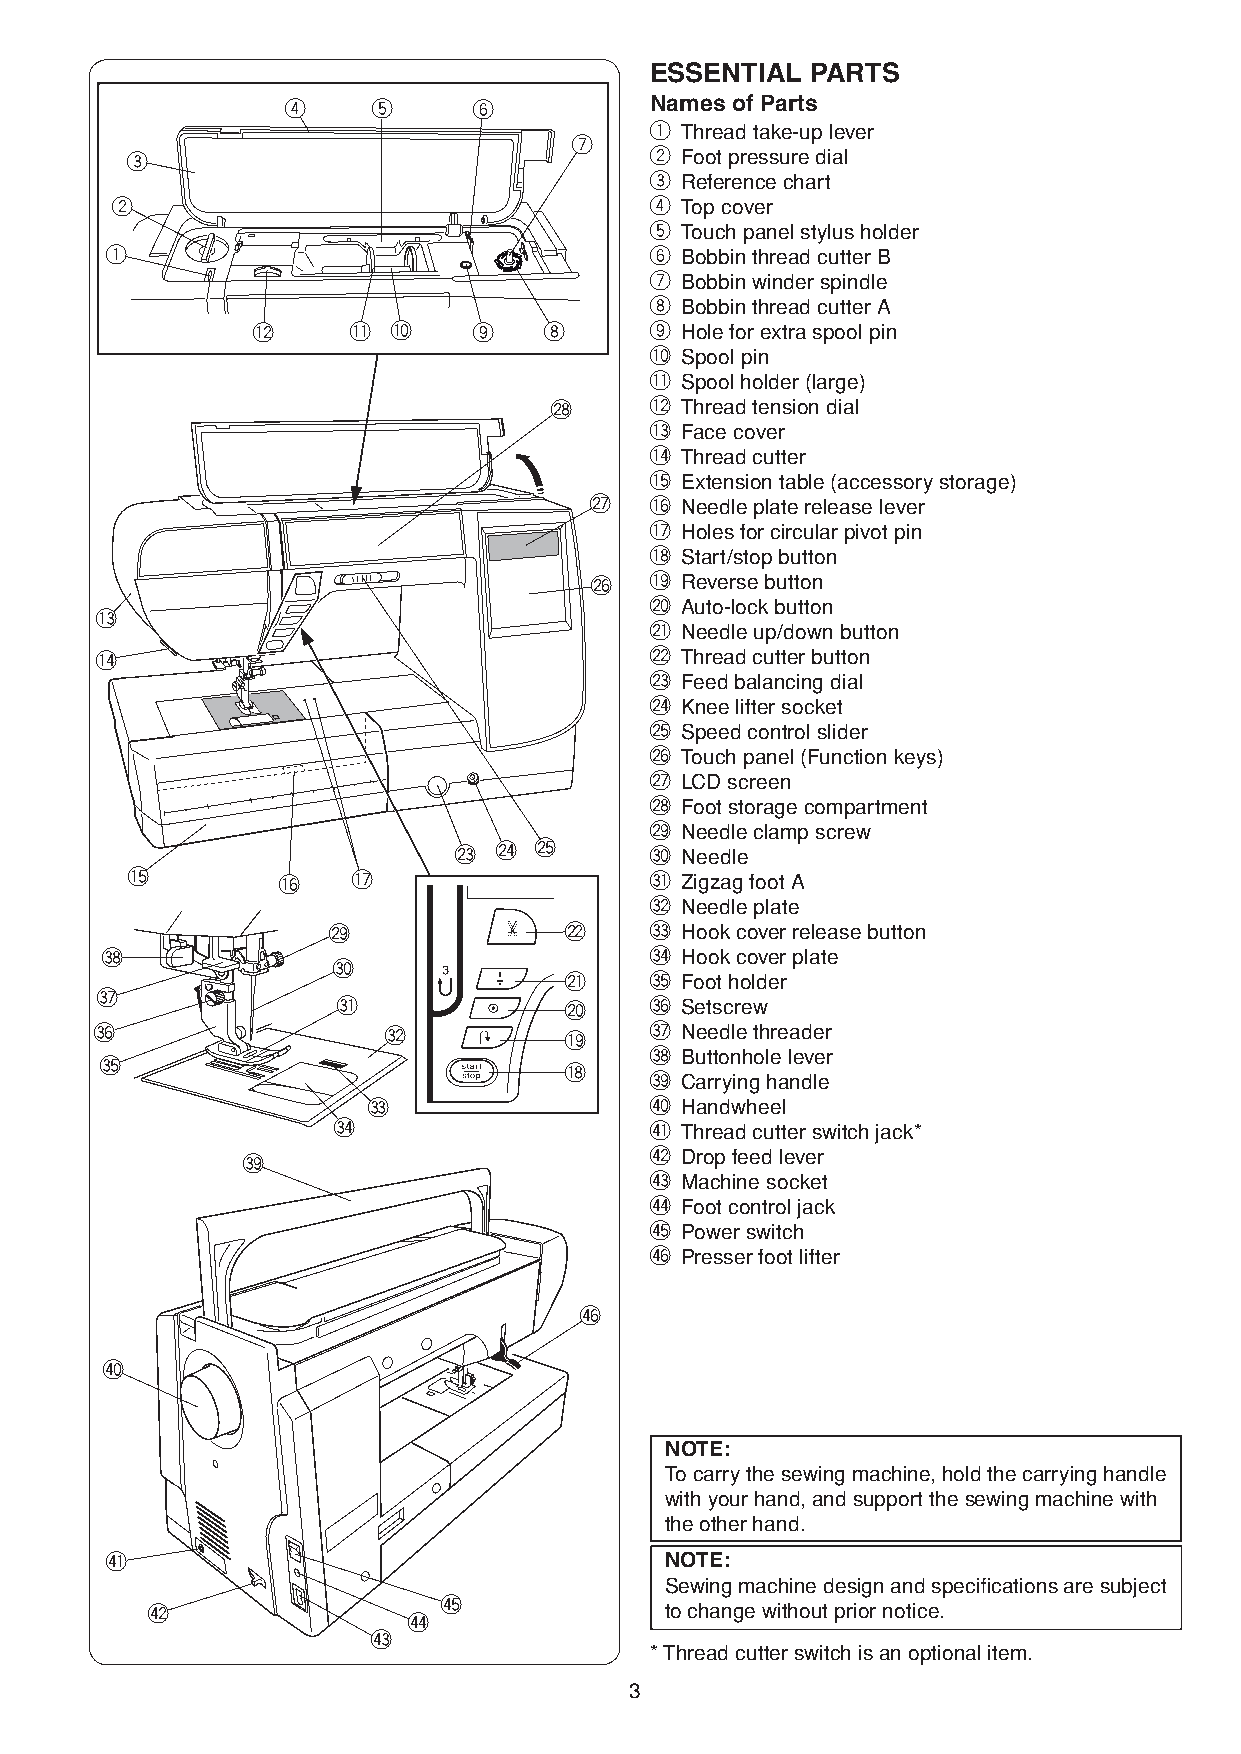
ESSENTIAL  PARTS
 r     t     y           Names of Parts
 q Thread take-up lever
 u
 e                                  w Foot pressure dial
 e Reference chart
 w                                   r Top cover
 t Touch panel stylus holder
 q                                   y Bobbin thread cutter B
 u Bobbin winder spindle
 i Bobbin thread cutter A
 !2    !1 !0   o    i      o Hole for extra spool pin
 !0 Spool pin
 !1 Spool holder (large)
 @8     !2 Thread tension dial
 !3 Face cover
 !4 Thread cutter
 !5 Extension table (accessory storage)
 @7  !6 Needle plate release lever
 !7 Holes for circular pivot pin
 !8 Start/stop button
 @6  !9 Reverse button
 @0 Auto-lock button
 !3
 @1 Needle up/down button
 !4                                   @2 Thread cutter button
 @3 Feed balancing dial
 @4 Knee lifter socket
 @5 Speed control slider
 @6 Touch panel (Function keys)
 @7 LCD screen
 @8 Foot storage compartment
 @9 Needle clamp screw
 @3 @4 @5     #0 Needle
 !5        !6   !7                  #1 Zigzag foot A
 #2 Needle plate
 @9             @2    #3 Hook cover release button
 #8                                  #4 Hook cover plate
 #0
 @1    #5 Foot holder
 #7
 #1             @0    #6 Setscrew
 #6                 #2          !9    #7 Needle threader
 #8 Buttonhole lever
 #5
 !8
 #9 Carrying handle
 #3                 $0 Handwheel
 #4                   $1 Thread cutter switch jack*
 #9                         $2 Drop feed lever
 $3 Machine socket
 $4 Foot control jack
 $5 Power switch
 $6 Presser foot lifter
 $6
 $0
 NOTE:
 To carry the sewing machine, hold the carrying handle
 with your hand, and support the sewing machine with
 the other hand.
 $1                                   NOTE:
 Sewing machine design and specifications are subject
 $5
 $2                                to change without prior notice.
 $4
 $3
 * Thread cutter switch is an optional item.
 3